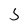
Character: 5